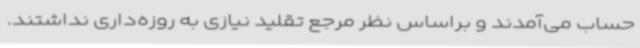
حساب می‌آمدند و براساس نظر مرجع تقلید نیازی به روزه‌داری نداشتند.